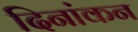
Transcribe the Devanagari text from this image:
दिनांकन